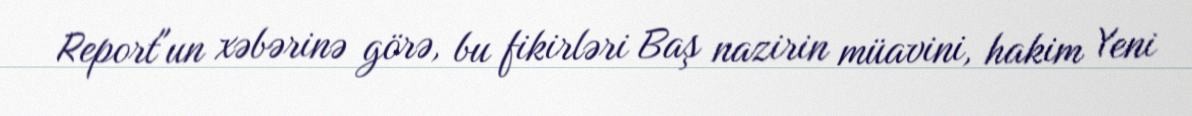
Report"un xəbərinə görə, bu fikirləri Baş nazirin müavini, hakim Yeni